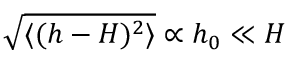
\sqrt { \langle ( h - H ) ^ { 2 } \rangle } \propto h _ { 0 } \ll H